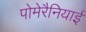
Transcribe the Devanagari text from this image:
पोमेरैनियाई